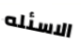
الاسئله